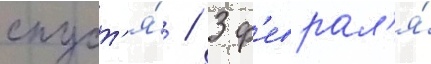
спуст'я́ / 3 ф'еврал'я́